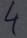
Text: 4